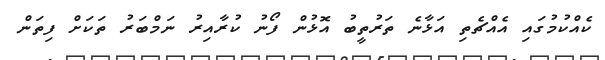
ކެއްކުމުގައި އެއްޗެތި އަޅާނެ ތަރުތީބު އޮޅުން ފޯނު ކުރާއިރު ނަމްބަރު ތަކަށް ފިތަން